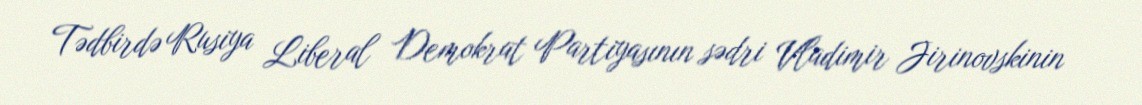
Tədbirdə Rusiya Liberal Demokrat Partiyasının sədri Vladimir Jirinovskinin